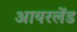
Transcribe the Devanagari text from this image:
आयरलेंड